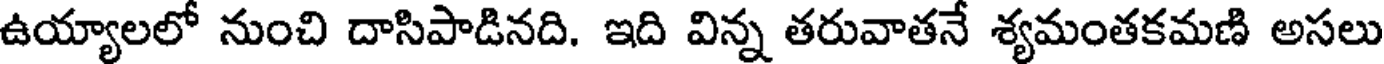
ఉయ్యాలలో నుంచి దాసిపాడినది. ఇది విన్న తరువాతనే శ్యమంతకమణి అసలు